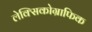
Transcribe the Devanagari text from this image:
लेक्सिकोग्राफिक